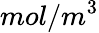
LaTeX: mol/m^{3}